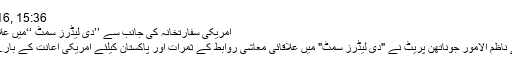
22nd March 2016, 15:36
امریکی سفارتخانہ کی جانب سے ’’دی لیڈرز سمٹ ‘‘میں علاقائی رابطے کا فروغ
امریکی سفارتخانہ کے ناظم الامور جوناتھن پریٹ نے "دی لیڈرز سمٹ" میں علاقائی معاشی روابط کے ثمرات اور پاکستان کیلئے امریکی اعانت کے بارے میں اظہار خیال کیا۔